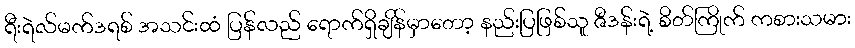
ရီးရဲလ်မက်ဒရစ် အသင်းထံ ပြန်လည် ရောက်ရှိချိန်မှာတော့ နည်းပြဖြစ်သူ ဇီဒန်းရဲ့ စိတ်ကြိုက် ကစားသမား